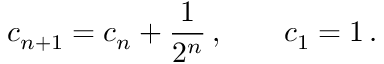
c _ { n + 1 } = c _ { n } + \frac { 1 } { 2 ^ { n } } \, , \qquad c _ { 1 } = 1 \, .